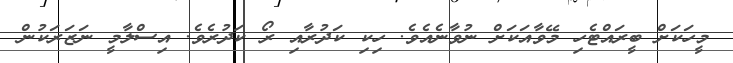
މީހަކަށް ބީރައްޓެހި މޭވާއަކަށް ނުވާނެއެވެ. ހިކި ކަދުރާއި ރޯ ކަދުރެވެ. އިސްލާމީ ނަޒަރަކުން